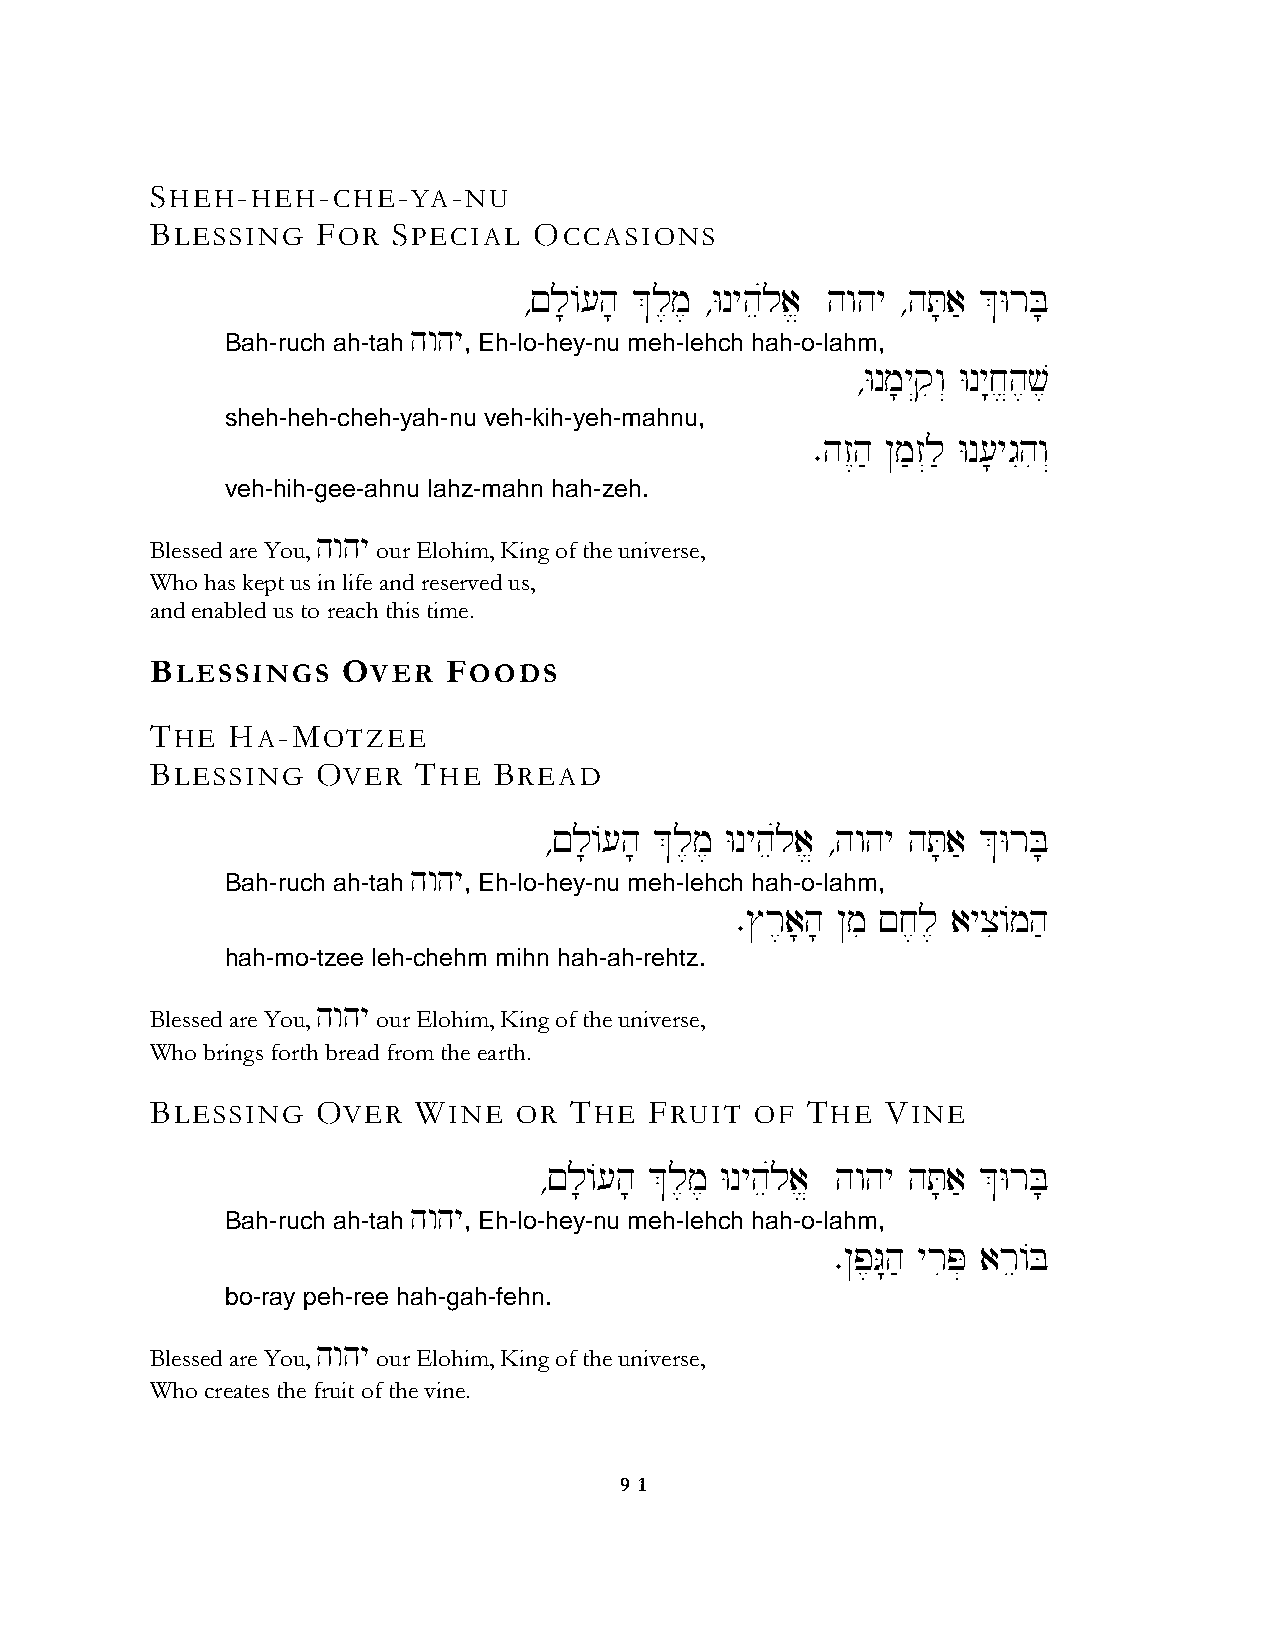
SHEH-HEH-CHE-YA-NU
 BLESSING   FOR  SPECIAL  OCCASIONS
 ∆!l;/[h; &l,m, ∆Wnyheúla> hwhy ∆hT;a' &WrB;
 hwhy
 Bah-ruch ah-tah , Eh-lo-hey-nu meh-lehch hah-o-lahm,
 ∆Wnm;y“qiw“ Wny:j>h,v,
 sheh-heh-cheh-yah-nu veh-kih-yeh-mahnu,
 ∑hz<h' @m'z“l' Wn[;ygIhiw“
 veh-hih-gee-ahnu lahz-mahn hah-zeh.
 hwhy
 Blessed are You, our Elohim, King of the universe,
 Who has kept us in life and reserved us,
 and enabled us to reach this time.
 BLESSINGS    OVER   FOODS
 THE  HA-MOTZEE
 BLESSING   OVER   THE  BREAD
 ∆!l;/[h; &l,m, Wnyheúla> ∆hwhy hT;a' &WrB;
 hwhy
 Bah-ruch ah-tah , Eh-lo-hey-nu meh-lehch hah-o-lahm,
 ∑$r,a;h; @mi !j,l, ayxi/mh'
 hah-mo-tzee leh-chehm mihn hah-ah-rehtz.
 hwhy
 Blessed are You, our Elohim, King of the universe,
 Who brings forth bread from the earth.
 BLESSING   OVER   WINE  OR  THE  FRUIT  OF THE   VINE
 ∆!l;/[h; &l,m, Wnyheúla> hwhy hT;a' &WrB;
 hwhy
 Bah-ruch ah-tah , Eh-lo-hey-nu meh-lehch hah-o-lahm,
 ∑@p,G:h' yriP] are/B
 bo-ray peh-ree hah-gah-fehn.
 hwhy
 Blessed are You, our Elohim, King of the universe,
 Who creates the fruit of the vine.
 9 1